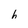
Character: h